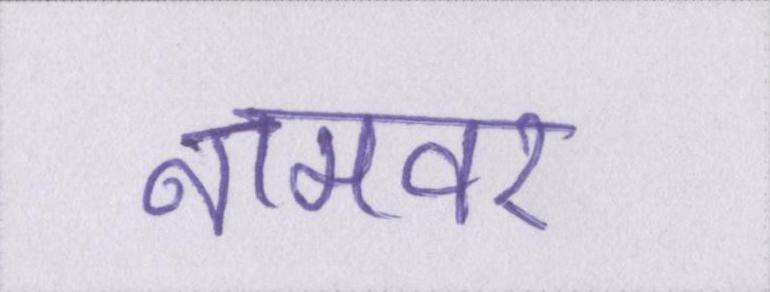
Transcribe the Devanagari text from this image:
नामवर